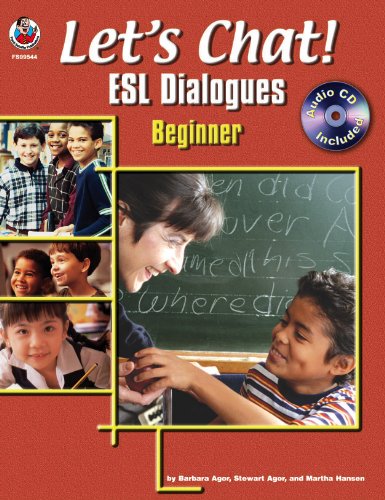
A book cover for Let's Chat! ESL Dialogues; Barbara Agor; Children's Books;